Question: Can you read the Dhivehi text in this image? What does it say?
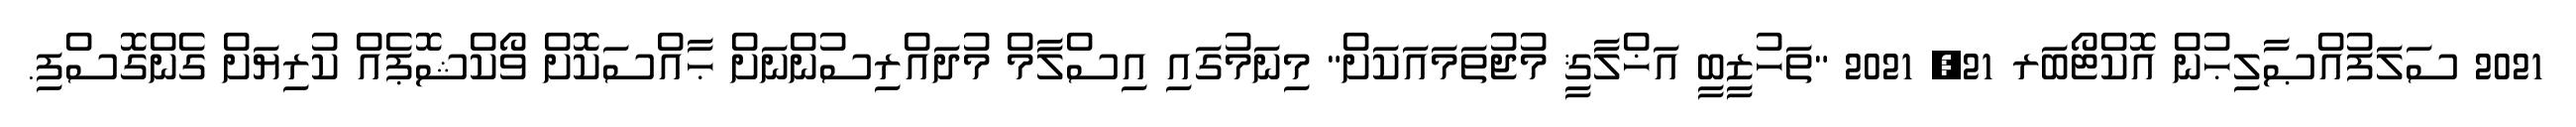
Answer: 2021 ސަލަފުއްޞާލިޙުން އޮކްޓޯބަރ 21, 2021 "ތަހުޒީބީ އަޚްލާޤީ މުޖުތަމައަކަށް" މިނަމުގައި އިސްލާމް މުދައްރިސުންނަށް ޙާއްސަކޮށް ވޯކްޝޮޕެއް ކުރިޔަށް ގެންގޮސްފި.